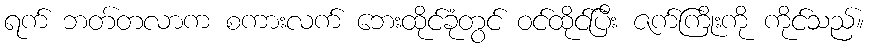
ရက် ဘတ်တလာက စကားလက် ဘေးထိုင်ခုံတွင် ဝင်ထိုင်ပြီး ဇက်ကြိုးကို ကိုင်သည်။